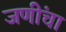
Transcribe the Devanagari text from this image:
जणींचा